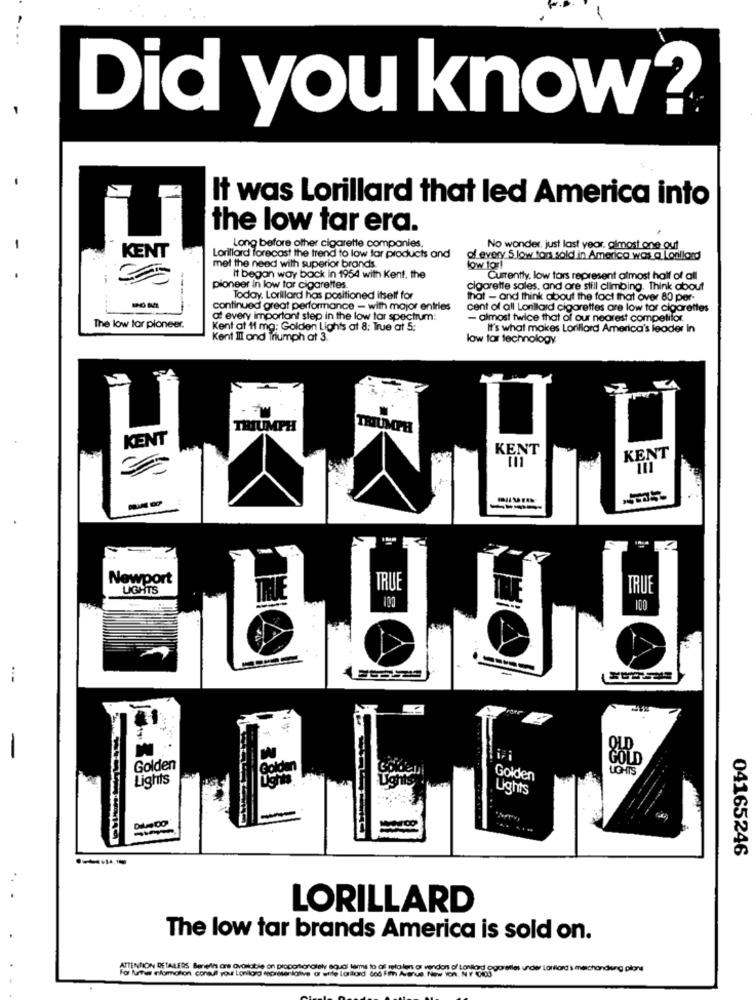
Did you know?
It was Lorillard that led America into
the low tar era.
Long before other cigarette companies.
No wonder, just last year, almost one out
KENT
Lorillard forecast the trend to low far products and
of every 5.low tons sold in America was a Lorillard
met the need with superior brands
low for!
It began way back in 1954 with Kent. the
Currentty, low tors represent almost half of all
pioneer in low tor cigarettes.
cigarette sales, and are still climbing. Think about
Today. Lorillard has positioned itself for
that - and think about the fact that over 80 per-
continued great performance - with major entries
cent of all Lonilard cigarettes are low tor cigarettes
at every important step in the low tar spectrum:
- almost twice that of our nearest competifor.
The low tor pioneer.
Kent at 11 mg: Golden Lights at 8: True at 5;
It's what makes Lorillard America's leoder In
Kent Il and Triumph at 3.
low tar technology
TRIUMPH
TRIUMPH
KENT
KENT
KENT
Newport
LIGHTS
TRUE
TRUE
TRUE
OLD
Golden
GOLD
to-is
Lights
Golden
Ughts
04165246
LORILLARD
The low tar brands America is sold on.
ATTENTION RETAILERS Benein are available on proportionately equal tame to af retailers or vendors of toniord
rue New on. IT'S unos Lanlord's merchandising plan